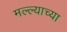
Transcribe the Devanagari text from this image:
मल्ल्याच्या